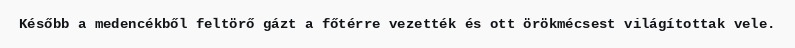
Később a medencékből feltörő gázt a főtérre vezették és ott örökmécsest világítottak vele.